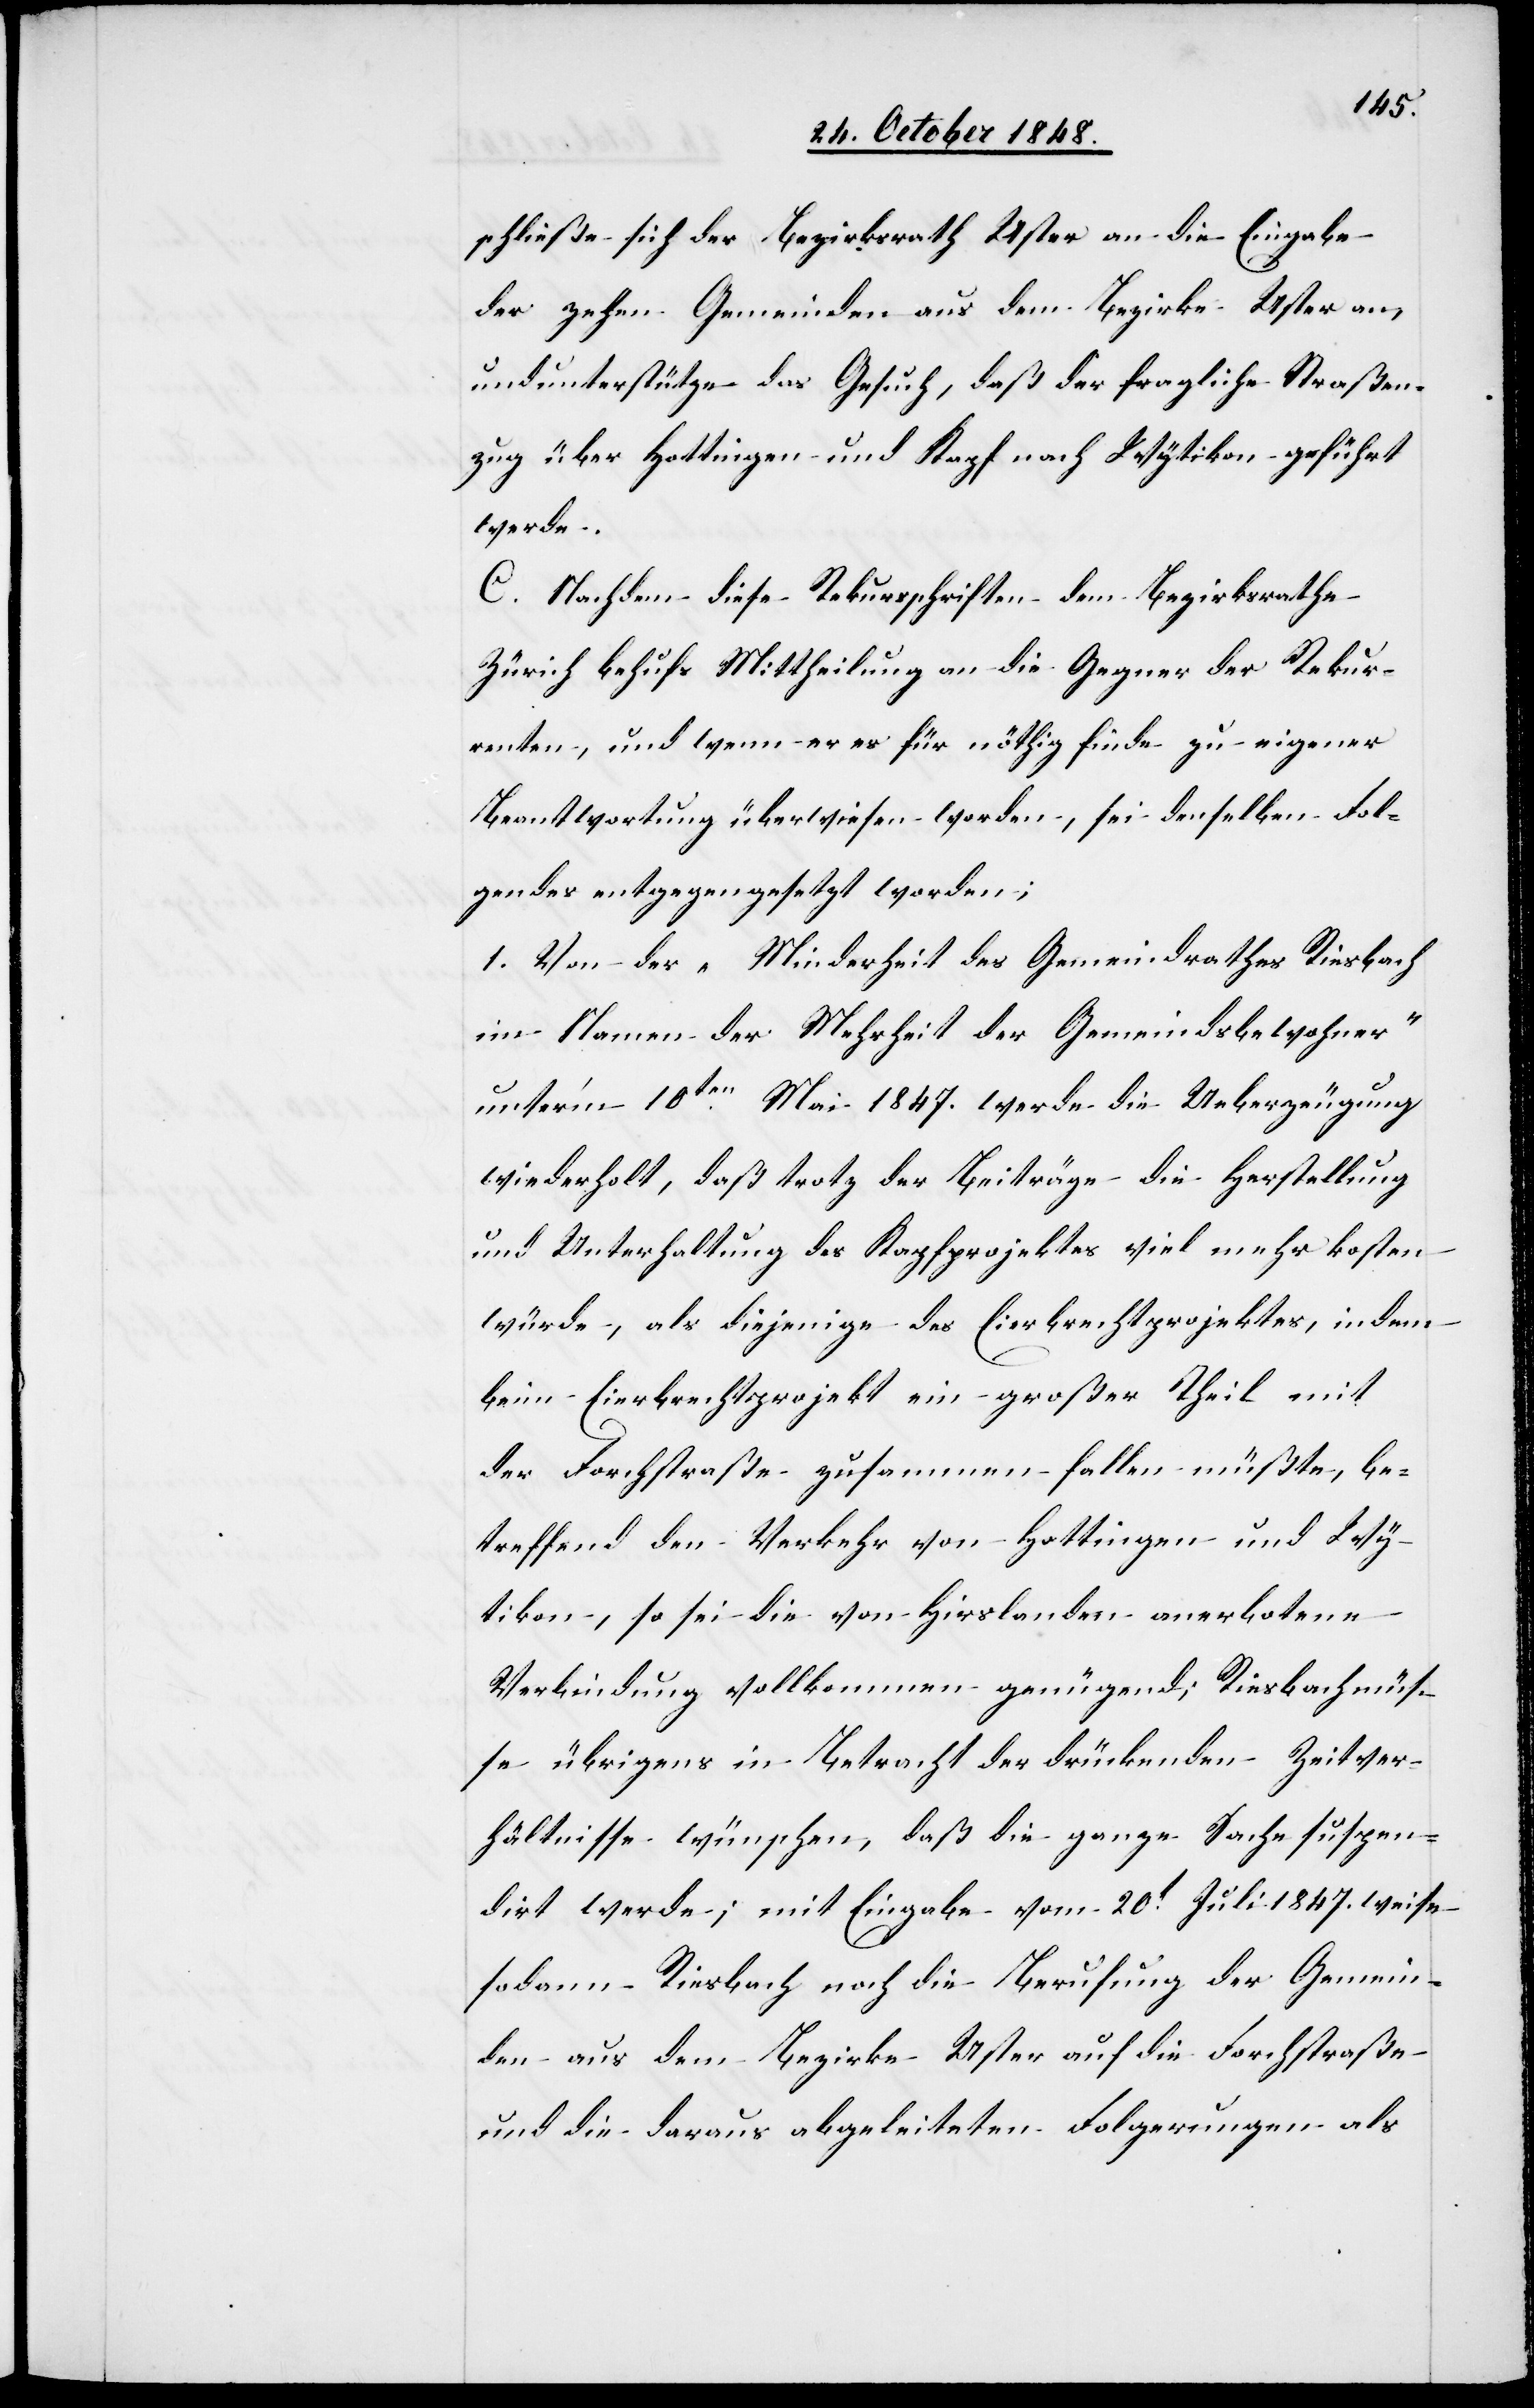
schließe sich der Bezirksrath Uster an die Eingabe
der zehen Gemeinden aus dem Bezirke Uster an,
und unterstütze das Gesuch, daß der fragliche Straßen¬
zug über Hottnigen [sic!] und Kapf nach Wytikon geführt
werde.
C. Nachdem diese Rekursschrift dem Bezirksrathe
Zürich behufs Mittheilung an die Gegner der Rekur¬
renten, und wenn er es für nöthig finde zu eigener
Beantwortung überwiesen worden, sei denselben Fol¬
gendes entgegengesetzt worden:
1. Von der „Minderheit des Gemeindrathes Riesbach
im Namen der Mehrheit der Gemeindsbewohner“
unterm 10ten Mai 1847. werde die Ueberzeugung
wiederholt, daß trotz der Beiträge die Herstellung
und Unterhaltung des Kapfprojektes viel mehr kosten
würde, als diejenige des Eierbrechtprojektes, indem
beim Eierbrechtprojekt ein große Theil mit
der Forchstraße zusammen fallen müßte, be¬
treffend den Verkehr von Hottingen und Wy¬
tikon, so sei die von Hirslanden anerbotene
Verbindung vollkommen genügend; Riesbach müs¬
se übrigens in Betracht der drückenden Zeitver¬
hältnisse wünschen, daß die ganze Sache suspen¬
dirt werde; mit Eingabe vom 20t Juli 1847. weise
sodann Riesbach noch die Berufung der Gemein¬
den aus dem Bezirke Uster auf die Forchstraße
und die daraus abgeleiteten Folgerungen als